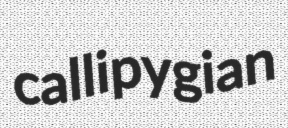
callipygian